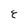
Character: E